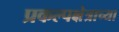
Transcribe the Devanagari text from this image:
प्रकल्पक्षेत्राच्या